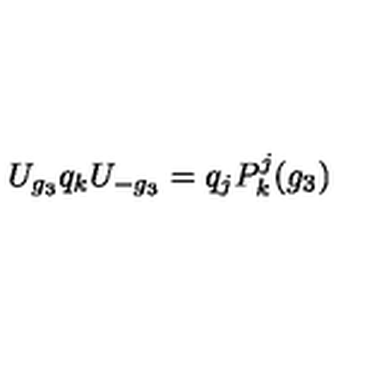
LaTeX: U _ { g _ { 3 } } q _ { k } U _ { - g _ { 3 } } = q _ { j } P _ { k } ^ { j } ( g _ { 3 } )